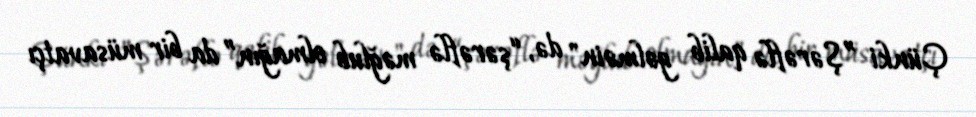
Çünki ”Şərəflə qalib gəlməin" də, “şərəflə məğlub olmağın” da bir müsavatçı